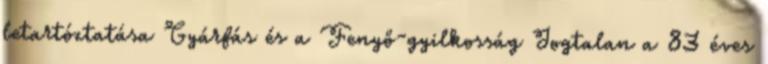
letartóztatása Gyárfás és a Fenyő-gyilkosság Jogtalan a 83 éves